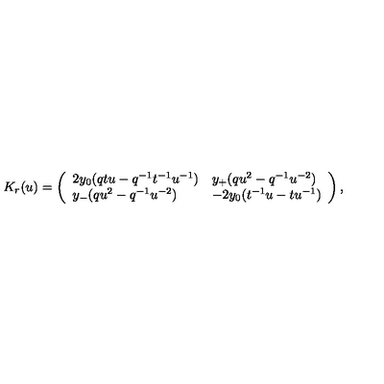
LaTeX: K _ { r } ( u ) = \left( \begin{array} { l l } { 2 y _ { 0 } ( q t u - q ^ { - 1 } t ^ { - 1 } u ^ { - 1 } ) } & { y _ { + } ( q u ^ { 2 } - q ^ { - 1 } u ^ { - 2 } ) } \\ { y _ { - } ( q u ^ { 2 } - q ^ { - 1 } u ^ { - 2 } ) } & { - 2 y _ { 0 } ( t ^ { - 1 } u - t u ^ { - 1 } ) } \\ \end{array} \right) ,